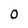
Character: 0